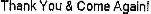
THANK YOU & COME AGAIN!